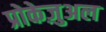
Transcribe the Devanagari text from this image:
प्रोकेज़ुअल